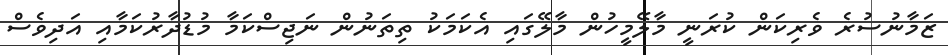
ޒަމާނުސުރެ ވެރިކަން ކުރަނީ މާލޭމީހުން މާލޭގައި އެކަމަކު ތިތަނުން ނަޖިސްކަމާ މުޑުދާރުކަމާއި އަދިވެސް